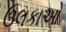
ઉલકાઓ